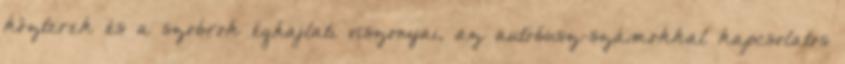
közterek és a szobrok éghajlati viszonyai, az autóbusz-számokkal kapcsolatos